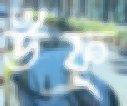
উফ্